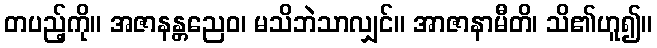
တပည့်ကို။ အဇာနန္တညေဝ၊ မသိဘဲသာလျှင်။ အာဇာနာမီတိ၊ သိ၏ဟူ၍။